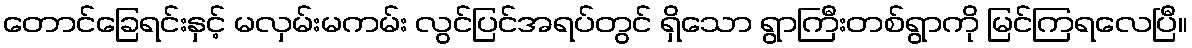
တောင်ခြေရင်းနှင့် မလှမ်းမကမ်း လွင်ပြင်အရပ်တွင် ရှိသော ရွာကြီးတစ်ရွာကို မြင်ကြရလေပြီ။